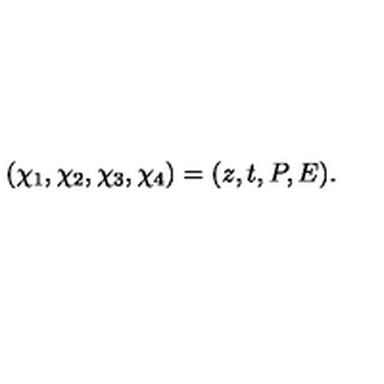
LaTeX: \left( \chi _ { 1 } , \chi _ { 2 } , \chi _ { 3 } , \chi _ { 4 } \right) = ( z , t , P , E ) .